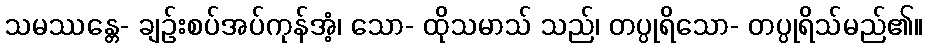
သမဿန္တေ- ချဉ်းစပ်အပ်ကုန်အံ့၊ သော- ထိုသမာသ် သည်၊ တပ္ပုရိသော- တပ္ပုရိသ်မည်၏။